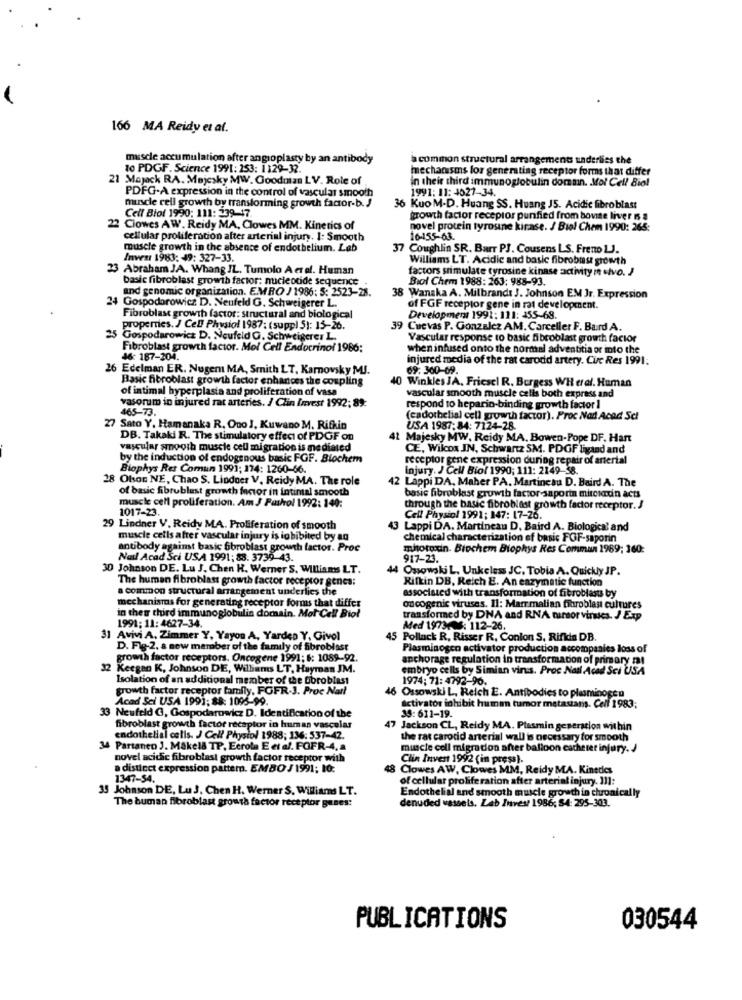
166 MA Reidy et al.
muscle accumulation after angioplasty by an antibody
a common structural arrangements underlies the
10 PDGF. Science 1991: 253: 1129-32.
mechanisms for generating receptor forms that differ
1Majack RA. Majesky MW. Goodman LV. Role of
in their third immunoglobulin domain. Mol Cell Biol
PDFG-A expression in the control of vascular smooth
1991: 11: 4027-34.
mandle cell growth by transforming growth factor-b. J
Cell Biol 1990: 111: 239-17.
36 Kuo M-D. Huang SS. Huang JS. Acidic fibroblast
growth factor receptor purified from bovine liver 1 a
22 Clowes AW. Reidy MA, Clowes MM. Kinetics of
novel protein tyrosine kirase. / Bial Chem 1990: 265:
cellular proliferation after arterial injury. I: Smooth
16-155-63.
muscle growth in the absence of endothelium. Lab
37 Coughlin SR. Barr PJ. Cousens LS. Frento LJ.
Invest 1983: 49: 327-33.
Williams LT. Acidic and basic fibroblas growth
23 Abraham JA. Whang JL. Tumolo A er of. Human
factors stimulate tyrosine kinase activity m .ivo. J
basic fibroblast growth factor: nucleotide sequence
Biol Chem 1988: 263: 988-93.
and genomic organization. EMRO J 1986: 5: 2523-28.
24 Gospodorowicz D. Neufeld G. Schweigerer L.
38 Wanaka A. Milbrandt J. Johnson EM Jr. Expression
of FGF receptor gene in rat development.
Fibroblast growth factor: structural and biological
Development 1991: 111: 455-68.
properes. J Cel Physiol 1987; (suppl 5): 15-26.
39 Cuevas P. Gonzalez AM. Carceller F. Bard A.
25 Gospodarowicz D. Neufeld G. Schweigerer L.
Vascular response to basic fibroblast growth factor
Fibroblast growth factor. Mol Cell Endocrinol 1986:
when infused onto the normal adventitia or ito the
46: 187-204.
injured media of the rat carodd artery. Cic Res 1991:
26 Edelman ER. Nugent MA, Smith LT, Karnovsky MJ.
69:300-09.
Basic fibroblast growth factor enhances the coupling
0 Winkles JA, Friescl R. Burgess WH eral. Human
of intimal hyperplasia and proliferation of vasa
vasorum in injured rat arteries. J Clin Invest 1992; 89:
vascular smooth muscle cells both express and
465-73.
respond to heparin-binding growth factor 1
(cadorbelial cell growth factor). Proc Nad Acad Sci
27 Sato Y. Hamanaka R. Ono J, Kuwano M. Rifkin
USA 1987: 84: 7124-28.
DB. Takaki R. The stimulatory effect of PDGF on
Majesky MW. Reidy MA. Bowen-Pope DF. Hart
vascular smooth muscle cell migration is mediated
CE, Wilcox IN, Schwartz SM. PDOF ligand and
by the induction of endogenous basic FGF. Biochem
receptor gene expression during repair of arterial
Biophys Ret Comun 1991; 174: 1260-66.
Injury. J Cell Biol 1990; 111: 2149-38.
28 Olson NE, Chao S. Lindner V. Reidy MA. The role
42 Lappi DA, Maher PA. Martincau D. Baird A. The
of basic fibroblast growth factor in intimal smooth
muscle cell proliferation. Am J Pashol 1992: 140:
basic fibroblast growth factor-sapori mitcunun acts
1017-23.
through the basic fibroblast growth factor receptor. J
Cell Physiol 1991; 147: 17-26.
29 Lindner V. Reidy MA. Proliferation of smooth
43 Lappi DA. Martineau D. Baird A. Biological and
muscle cells after vascular injury is inhibited by an
chemical characterization of basic FOF-saporin
antibody against basic fibroblast growth factor. Proc
mitotoxin. Biochem Biophys Res Commun 1969; 360:
Nail Acad Sci USA 1991; 88: 3739-43.
917-23.
30 Johnson DE. Lu J, Chen H. Werner S. Williams LT.
44 Ossowski L. Unkeless JC. Tobia A. Quickly JP.
The human fibroblast growth factor receptor genca:
Rifkin DB, Reich E. An enzymatic function
a common structural arrangement underlies the
associated with transformation of fibroblasts by
mechanismus for generating receptor forms that differ
in thes third immunoglobulin domain. Mot Cell Biol
oncogenic viruses. Il: Marr malian fibroblas cultures
transformed by DNA and RNA marsor viruses. J Exp
1991: 11: 4627-34.
Med 19734: 112-26.
31 Avivi A. Zimmer Y, Yayou A, Yarden Y. Givol
45 Pollack R, Risser R. Conlon S, Rifida DB.
D. Fig-2. a new member of the family of fibroblast
Plasminogen activator production accompanies loss of
growth factor receptors. Oncogene 1991; &: 1089-92.
anchorage regulation in transformation of primary m!
32 Keegan K, Johnson DE, Williams LT, Hayman JM.
embryo cells by Simian virus. Proc Natl Acad Sci USA
Isolation of an additional member of the fibroblast
1974; 71: 4792-96.
growth factor receptor family, FGFR-3. Proc Natl
46 Ossowski L, Reich E. Antibodies to plasminogen
Acad Sci USA 1991; 88: 1095-99.
activator inhibit human tumor metastasis. Cell 1983;
33 Neufeld G, Gospodarowicz D. Identification of the
33:611-19.
fibroblast growth factor receptor in human vascular
47 Jackson CL, Reidy MA. Plasmin generation within
endothelial cells. J Cell Physiol 1988; 136: 537-42.
the rat carotid arterial wall is necessary for smooth
34 Partanen J. Makela TP, Ecrola E et al. POFR-4, a
muscle cell migration after balloon catheret injury. J
novel acidic fibroblast growth factor receptor with
Clin Invest 1992 (in press).
a distinct expression pattern. EMBO J 1991: 10:
8 Clowes AW, Clowes MM, Reidy MA. Kinetics
1347-54.
of cellular proliferation after arterial injury. 111:
35 Johnson DE, Lu 3, Chen H. Werner S. Williams LT.
The human fibroblast growth factor receptor gunes:
denuded vassels. Lab Invest 1986; S4: 295-303.
Endothelial and smooth muscle growth in chronically
PUBLICATIONS
030544